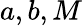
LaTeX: a,b,M